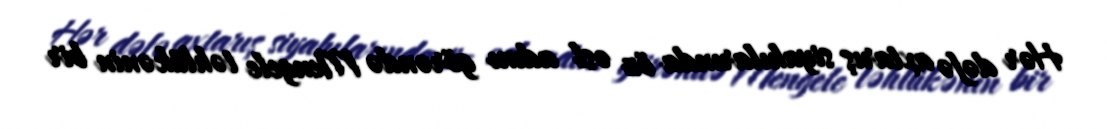
Hər dəfə axtarış siyahılarında öz əsl adını görəndə Mengele təhlükənin bir